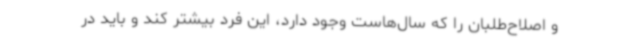
و اصلاح‌طلبان را که سال‌هاست وجود دارد، این فرد بیشتر کند و باید در